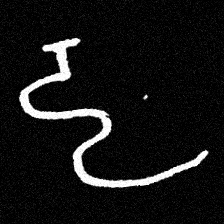
Pyu character \u2014 Myanmar letter: ဠ (romanized: lla)